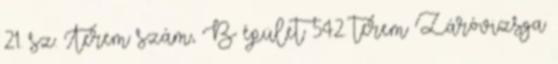
21. sz. Terem szám:, B épület 542. terem Záróvizsga